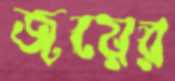
জয়ের